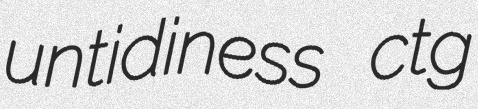
untidiness ctg